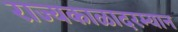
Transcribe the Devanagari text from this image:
राज्यकाळादरम्यान